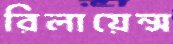
রিলায়েন্স